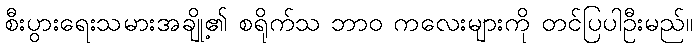
စီးပွားရေးသမားအချို့၏ စရိုက်သ ဘာဝ ကလေးများကို တင်ပြပါဦးမည်။